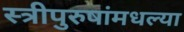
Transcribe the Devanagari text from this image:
स्त्रीपुरुषांमधल्या